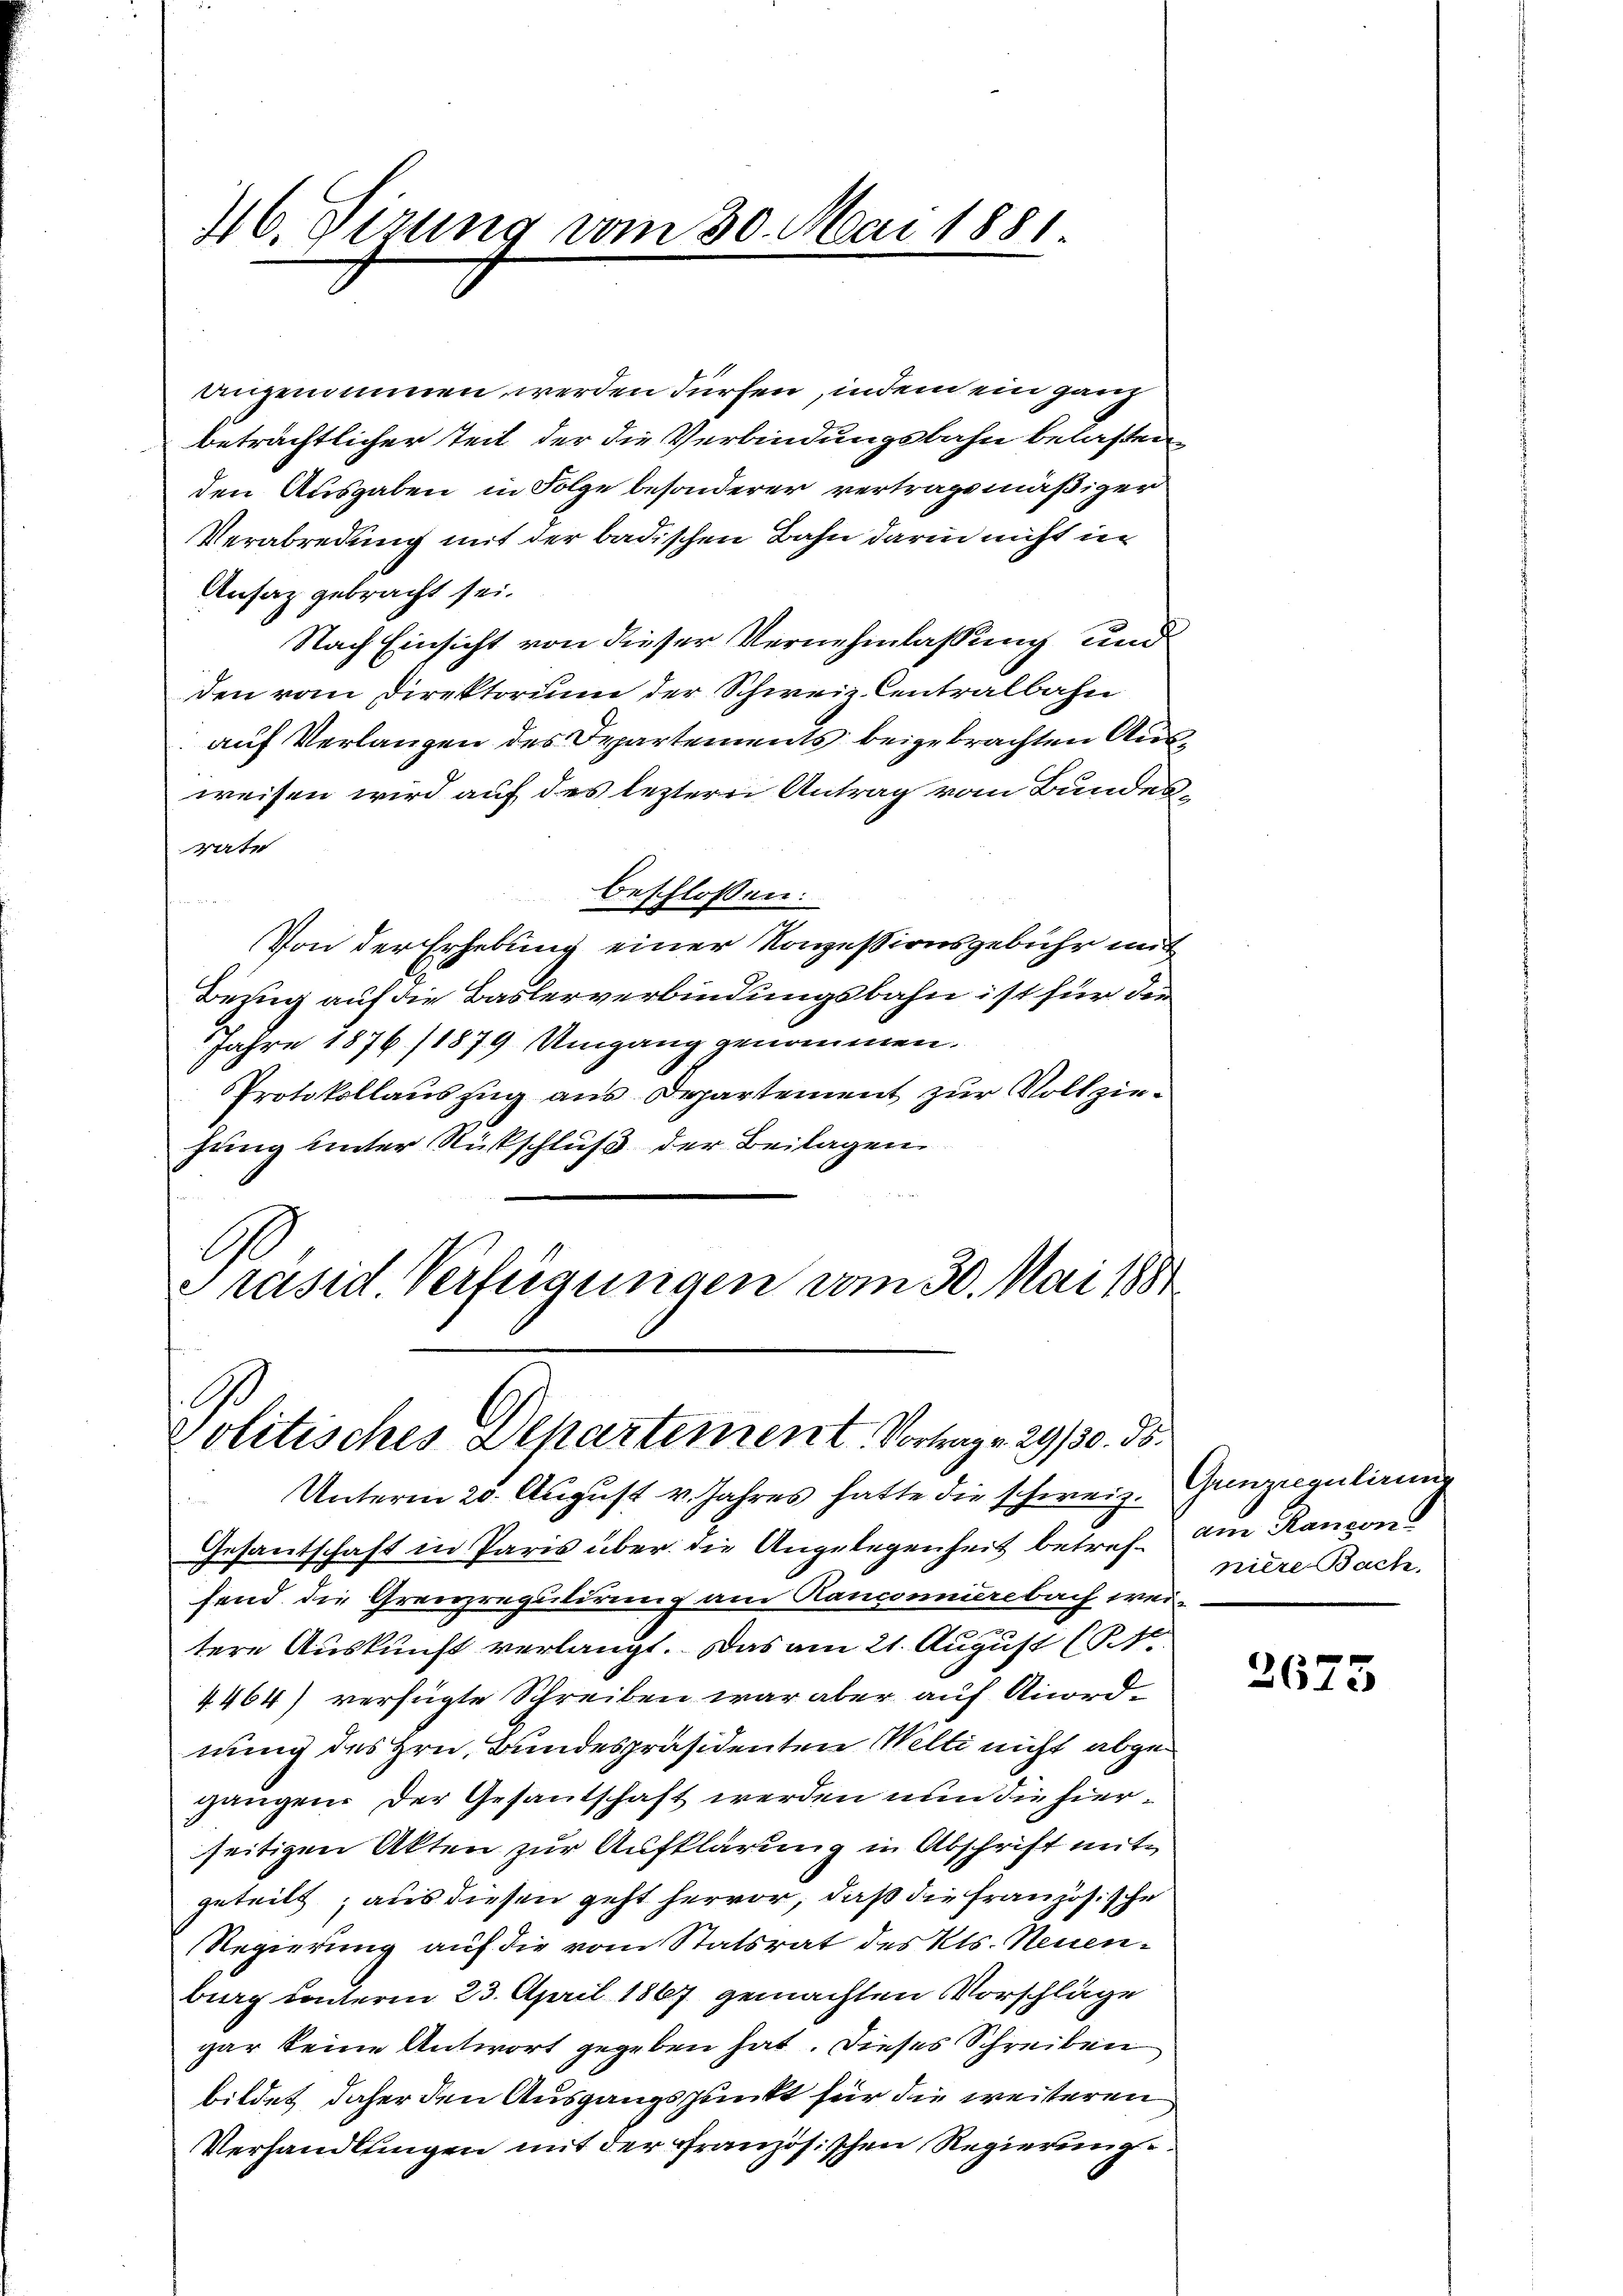
46. Sirung vom 30. Mai 1881.

angenommen werden dürfen, indem ein ganz
Ansaz gebracht sei.
Nach Einsicht von dieser Vernehmlassung und
den vom Direktorium der Schweiz. Centralbahn
auf Verlangen des Departements beigebrachten Ausweisen wird auf des leztern Antrag vom Bundes
vate
beschlossen:

Von der Erhebung einer Konzessionsgebühr mit
Bezug auf die Baslerverbindungsbahn ist für der
Jahre 1876/1879 Umgang genommen.
Protokollauszug aus Departement zur Vollziehung unter Rückschluß der Beilagen
Präsid Verfügungen vom 30. Mai 1881

C
politisches Departement. Vortrage 29/30. 55.

beträchtlicher Zeit der die Verbindungsbahn belasten,
den Ausgaben in Folge besonderer vertragsmäßiger
Verabredung mit der badischen Bahn darin nicht in

Unterm 20. August v. Jahres hatte die schweiz.
Gesandschaft in Paris über die Angelegenheit betreffend die Grenzregulirung am Kanzonnierebach wei-
tere Auskunft verlangt. Das am 21. August (1
4464) verfügte Schreiben war aber auf Anordnung des Hrn. Bundespräsidenten Welti nicht abgegangen. Der Gesantschaft werden nun die hierseitigen Akten zur Aufklärung in Abschrift mit
geteilt, aus diesen geht hervor, daß die Französische
Regierung auf die vom Statsrat des Kts. Neuenberg unterm 23. April 1867 gemachten Vorschläge
gar keine Antwort gegeben hat. Dieses Schreiben
bildet daher den Ausgangspunkt für die weiteren
Verhandlungen mit der Französischen Regierung

Grenzregulirung
am Kanton
niere Bach,

2675